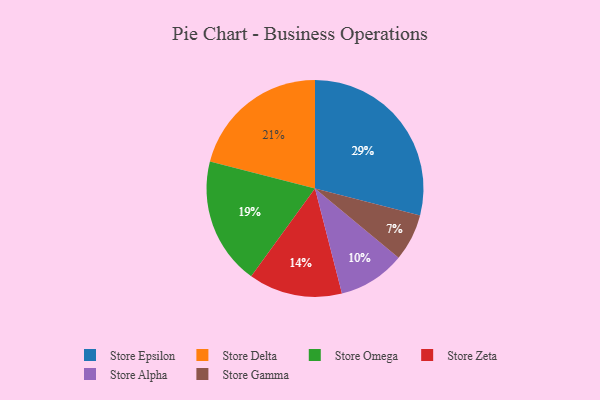
{"axis": {"x": "Category", "y": "Percentage"}, "legend": ["Store Alpha", "Store Delta", "Store Epsilon", "Store Gamma", "Store Omega", "Store Zeta"], "data": [{"x": "Store Gamma", "y": 7, "type": "Store Gamma"}, {"x": "Store Omega", "y": 19, "type": "Store Omega"}, {"x": "Store Delta", "y": 21, "type": "Store Delta"}, {"x": "Store Alpha", "y": 10, "type": "Store Alpha"}, {"x": "Store Epsilon", "y": 29, "type": "Store Epsilon"}, {"x": "Store Zeta", "y": 14, "type": "Store Zeta"}]}